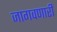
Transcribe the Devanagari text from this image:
जागवणारी